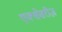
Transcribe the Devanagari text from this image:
एक्सेसरीज़